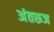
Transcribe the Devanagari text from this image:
अंतरूज